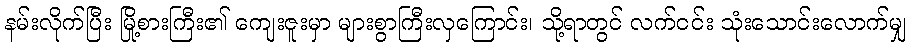
နမ်းလိုက်ပြီး မြို့စားကြီး၏ ကျေးဇူးမှာ များစွာကြီးလှကြောင်း၊ သို့ရာတွင် လက်ငင်း သုံးသောင်းလောက်မျှ